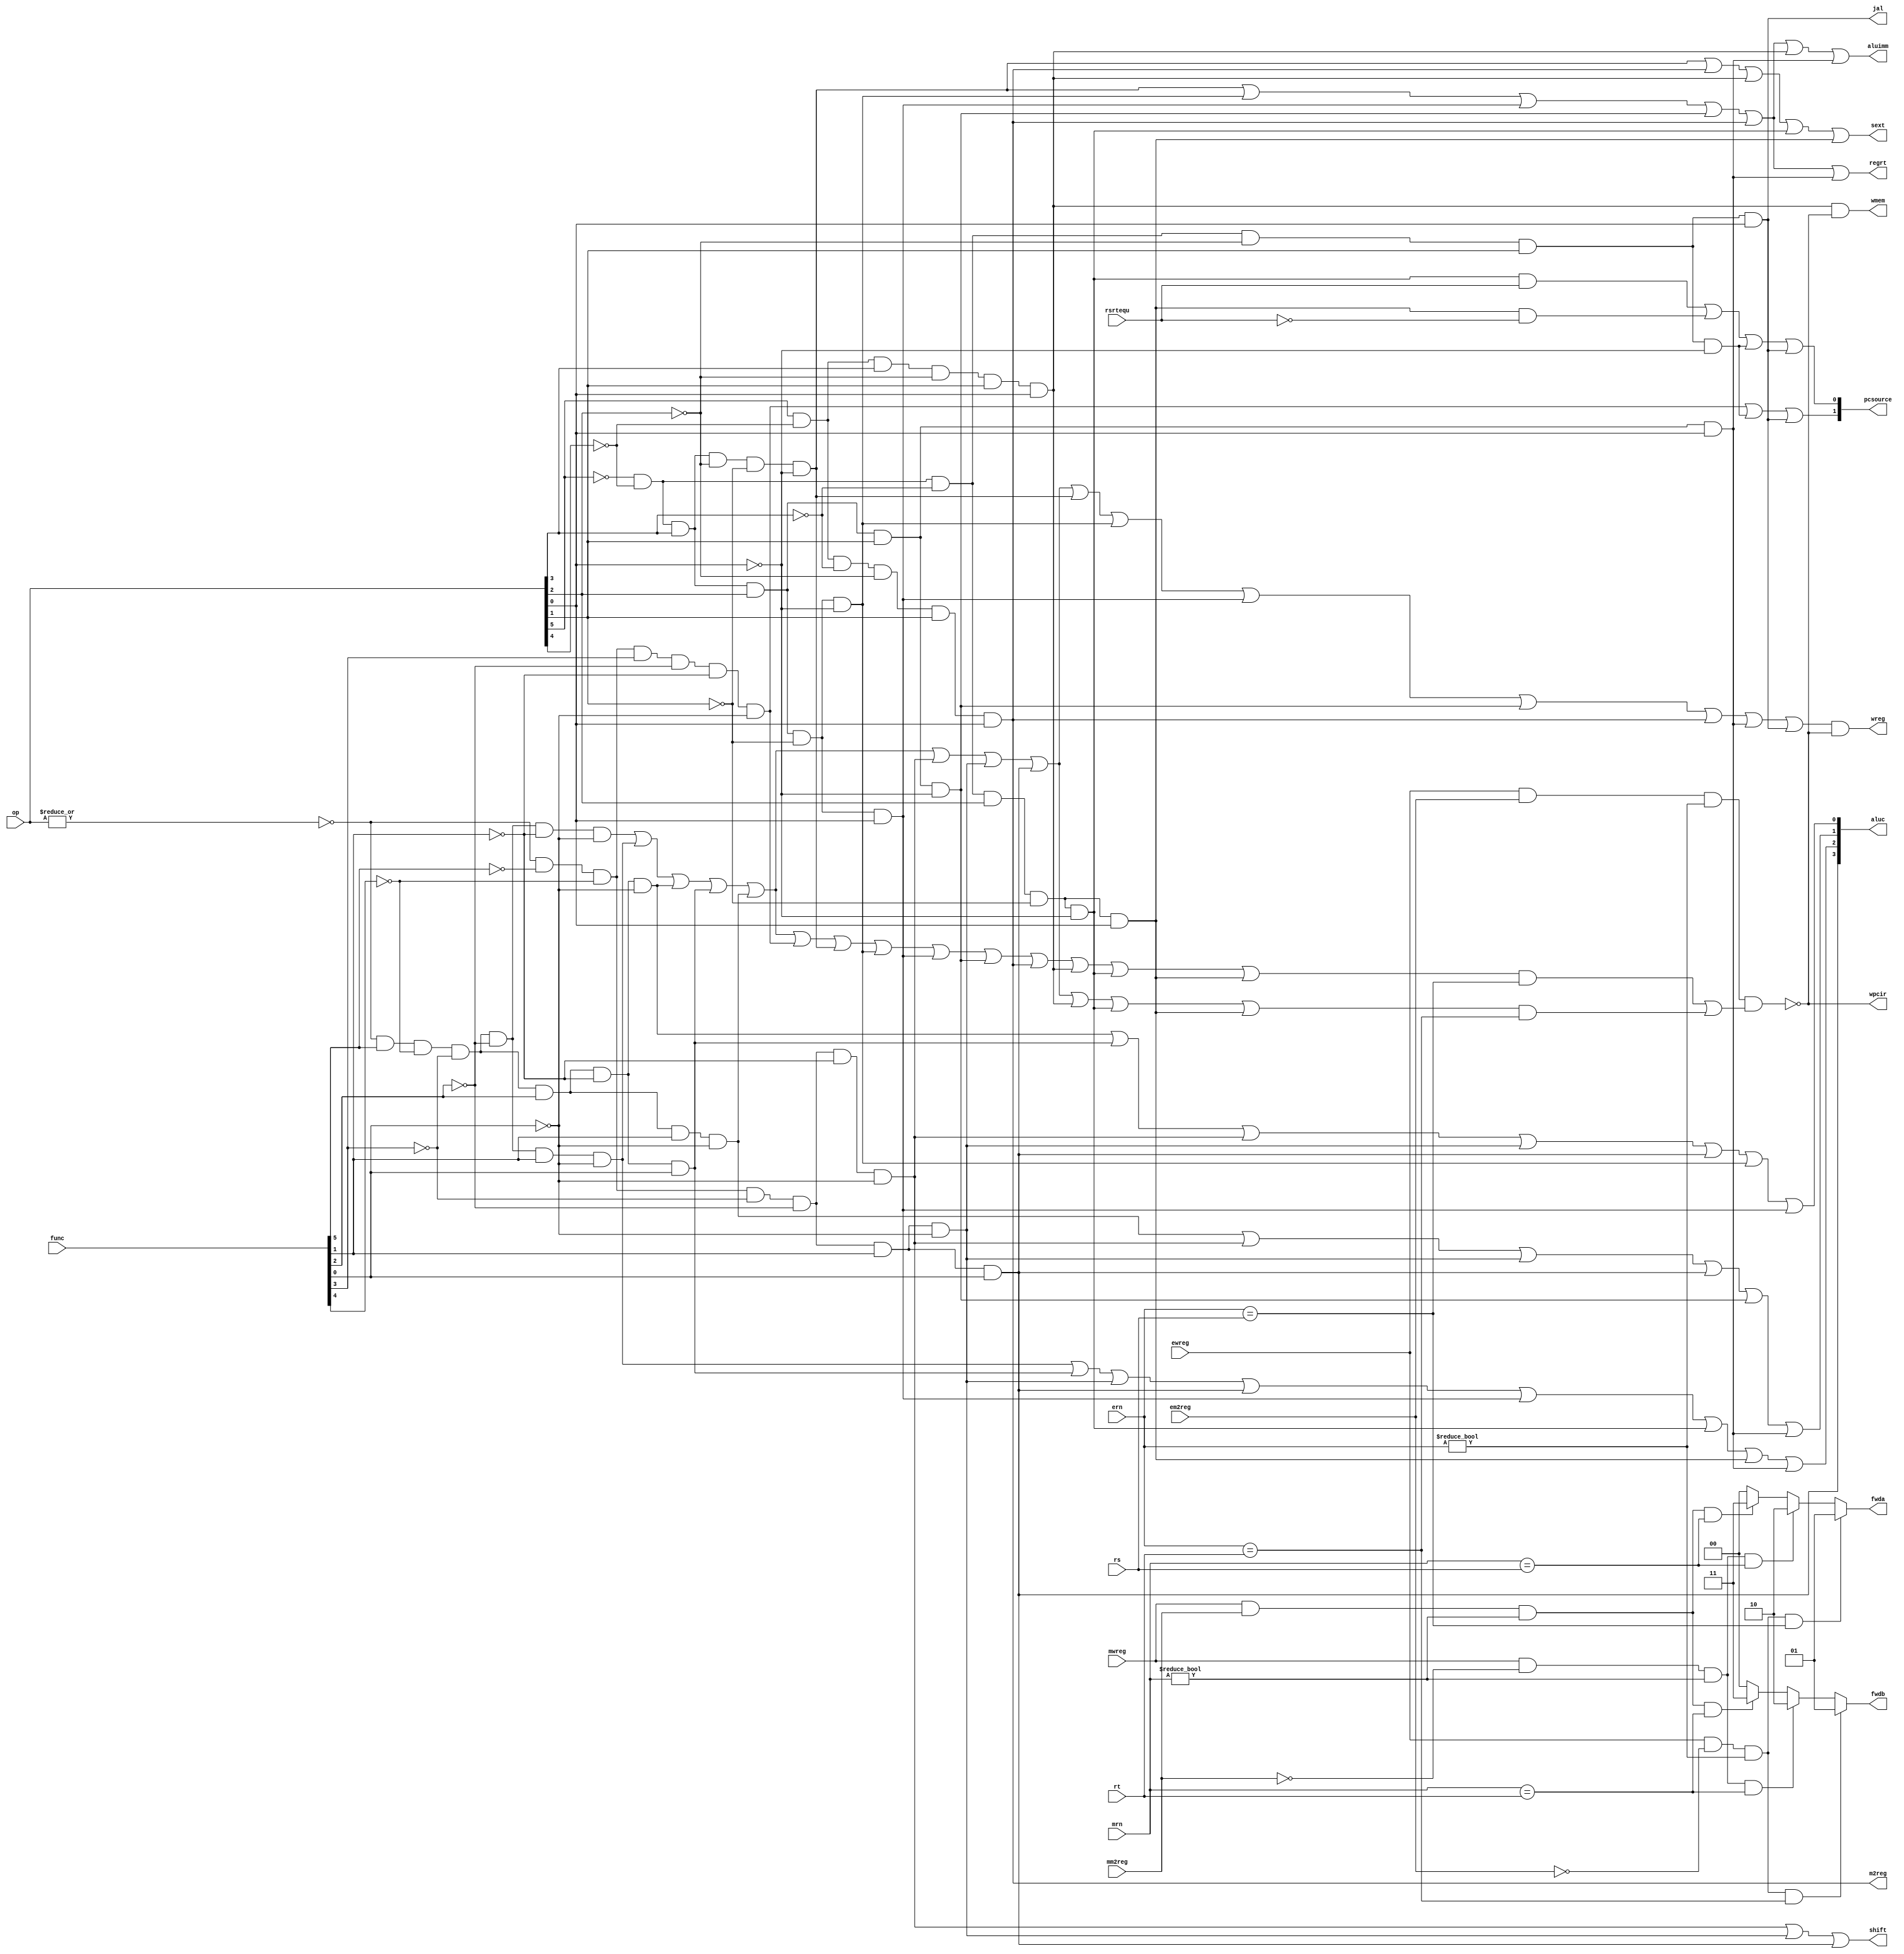
module pipe_cu(op, func, rs, rt, ern, mrn, rsrtequ, ewreg, em2reg, mwreg, mm2reg,
	wpcir, wreg, m2reg, wmem, jal, aluimm, shift, regrt, sext, pcsource, fwda, fwdb, aluc);
	input            rsrtequ, ewreg, em2reg, mwreg, mm2reg;
	input      [4:0] rs, rt, ern, mrn;
	input      [5:0] op, func;
	output           wpcir, wreg, m2reg, wmem, jal, aluimm, shift, regrt, sext;
	output     [1:0] pcsource;
	output reg [1:0] fwda, fwdb;
	output     [3:0] aluc;

	 wire r_type = ~|op;
   wire i_add = r_type & func[5] & ~func[4] & ~func[3] &
                ~func[2] & ~func[1] & ~func[0];          //100000
   wire i_sub = r_type & func[5] & ~func[4] & ~func[3] &
                ~func[2] &  func[1] & ~func[0];          //100010
      
   //  please complete the deleted code.
   
   wire i_and = r_type & func[5] & ~func[4] & ~func[3] &
                func[2] & ~func[1] & ~func[0];          //100100
   wire i_or  = r_type & func[5] & ~func[4] & ~func[3] &
                func[2] & ~func[1] & func[0];          //100101

   wire i_xor = r_type & func[5] & ~func[4] & ~func[3] &
                func[2] & func[1] & ~func[0];          //100110
   wire i_sll = r_type & ~func[5] & ~func[4] & ~func[3] &
                ~func[2] & ~func[1] & ~func[0];          //000000
   wire i_srl = r_type & ~func[5] & ~func[4] & ~func[3] &
                ~func[2] & func[1] & ~func[0];          //000010
   wire i_sra = r_type & ~func[5] & ~func[4] & ~func[3] &
                ~func[2] & func[1] & func[0];          //000011
   wire i_jr  = r_type & ~func[5] & ~func[4] & func[3] &
                ~func[2] & ~func[1] & ~func[0];          //001000
                
   wire i_addi = ~op[5] & ~op[4] &  op[3] & ~op[2] & ~op[1] & ~op[0]; //001000
   wire i_andi = ~op[5] & ~op[4] &  op[3] &  op[2] & ~op[1] & ~op[0]; //001100
   
   wire i_ori  = ~op[5] & ~op[4] &  op[3] &  op[2] & ~op[1] &  op[0]; //001101
   wire i_xori = ~op[5] & ~op[4] &  op[3] &  op[2] &  op[1] & ~op[0]; //001110
   wire i_lw   =  op[5] & ~op[4] & ~op[3] & ~op[2] &  op[1] &  op[0]; //100011
   wire i_sw   =  op[5] & ~op[4] &  op[3] & ~op[2] &  op[1] &  op[0]; //101011
   wire i_beq  = ~op[5] & ~op[4] & ~op[3] &  op[2] & ~op[1] & ~op[0]; //000100
   wire i_bne  = ~op[5] & ~op[4] & ~op[3] &  op[2] & ~op[1] &  op[0]; //000101
   wire i_lui  = ~op[5] & ~op[4] &  op[3] &  op[2] &  op[1] &  op[0]; //001111
   wire i_j    = ~op[5] & ~op[4] & ~op[3] & ~op[2] &  op[1] & ~op[0]; //000010
   wire i_jal  = ~op[5] & ~op[4] & ~op[3] & ~op[2] &  op[1] &  op[0]; //000011

	// Determine which instructions use rs/rt.
	wire urs = i_add | i_sub | i_and | i_or | i_xor | i_jr | i_addi | i_andi | i_ori | i_xori
		| i_lw | i_sw | i_beq | i_bne;
	wire urt = i_add | i_sub | i_and | i_or | i_xor | i_sll | i_srl | i_sra | i_sw | i_beq | i_bne;

	wire LUhazard = ewreg & em2reg & (ern != 0) & ((urs & (ern == rs)) | (urt & (ern == rt)));

	// When load/use hazard happens, stall F and D registers (stall PC),
	// and generate a bubble to E register (by forbidding writing registers and memory).
	assign wpcir = ~LUhazard;
	assign wreg = (i_add | i_sub | i_and | i_or | i_xor | i_sll | i_srl | i_sra
		| i_addi | i_andi | i_ori | i_xori | i_lw | i_lui | i_jal) & ~LUhazard;
	assign m2reg = i_lw;
	assign wmem = i_sw & ~LUhazard;
	assign jal = i_jal;
	assign aluimm = i_addi | i_andi | i_ori | i_xori | i_lw | i_sw | i_lui;
	assign shift = i_sll | i_srl | i_sra;
	assign regrt = i_addi | i_andi | i_ori | i_xori | i_lw | i_lui;
	assign sext = i_addi | i_lw | i_sw | i_beq | i_bne;

	assign pcsource[1] = i_jr | i_j | i_jal;
	assign pcsource[0] = (i_beq & rsrtequ) | (i_bne & ~rsrtequ) | i_j | i_jal;

	assign aluc[3] = i_sra;
	assign aluc[2] = i_sub | i_or | i_srl | i_sra | i_ori | i_beq | i_bne | i_lui;
	assign aluc[1] = i_xor | i_sll | i_srl | i_sra | i_xori | i_lui;
	assign aluc[0] = i_and | i_or | i_sll | i_srl | i_sra | i_andi | i_ori;

	// Forwarding logic.
	// Forward priority: Look for E stage first, then M stage.
	// Also, we should not forward r0.
	always @(*) begin
		if (ewreg & ~em2reg & (ern != 0) & (ern == rs))
			fwda = 2'b01; // ealu.
		else if (mwreg & ~mm2reg & (mrn != 0) & (mrn == rs))
			fwda = 2'b10; // malu.
		else if (mwreg & mm2reg & (mrn != 0) & (mrn == rs))
			fwda = 2'b11; // mmo.
		else
			fwda = 2'b00; 
	end

	always @(*) begin
		if (ewreg & ~em2reg & (ern != 0) & (ern == rt))
			fwdb = 2'b01; // ealu.
		else if (mwreg & ~mm2reg & (mrn != 0) & (mrn == rt))
			fwdb = 2'b10; // malu.
		else if (mwreg & mm2reg & (mrn != 0) & (mrn == rt))
			fwdb = 2'b11; // mmo.
		else
			fwdb = 2'b00; 
	end
endmodule